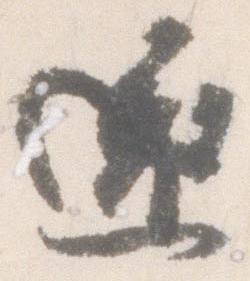
還